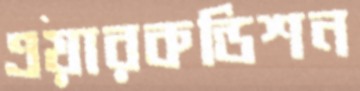
এয়ারকন্ডিশন